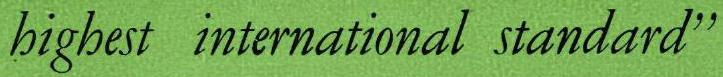
highest international standard"